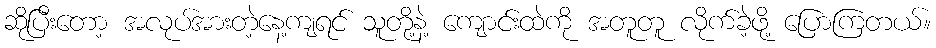
ဆိုပြီးတော့ အလုပ်အားတဲ့နေ့ကျရင် သူတို့နဲ့ ကျောင်းထဲကို အတူတူ လိုက်ခဲ့ဖို့ ပြောကြတယ်။